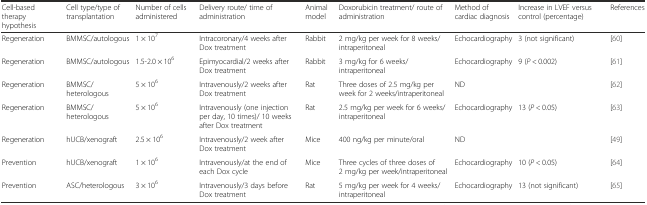
| Cell-based therapy hypothesis | Cell type/type of transplantation | Number of cells administered | Delivery route/ time of administration | Animal model | Doxorubicin treatment/ route of administration | Method of cardiac diagnosis | Increase in LVEF versus control (percentage) | References |
 | --- | --- | --- | --- | --- | --- | --- | --- | --- |
 | Regeneration | BMMSC/autologous | 1 × 107 | Intracoronary/4 weeks after Dox treatment | Rabbit | 2 mg/kg per week for 8 weeks/intraperitoneal | Echocardiography | 3 (not significant) | [60] |
 | Regeneration | BMMSC/autologous | 1.5-2.0 × 106 | Epimyocardial/2 weeks after Dox treatment | Rabbit | 3 mg/kg for 6 weeks/intraperitoneal | Echocardiography | 9 (P < 0.002) | [61] |
 | Regeneration | BMMSC/heterologous | 5 × 106 | Intravenously/2 weeks after Dox treatment | Rat | Three doses of 2.5 mg/kg per week for 2 weeks/intraperitoneal | ND |  | [62] |
 | Regeneration | BMMSC/ heterologous | 5 × 106 | Intravenously (one injection per day, 10 times)/ 10 weeks after Dox treatment | Rat | 2.5 mg/kg per week for 6 weeks/intraperitoneal | Echocardiography | 13 (P < 0.05) | [63] |
 | Regeneration | hUCB/xenograft | 2.5 × 106 | Intravenously/2 week after Dox treatment | Mice | 400 ng/kg per minute/oral | ND |  | [49] |
 | Prevention | hUCB/xenograft | 1 × 106 | Intravenously/at the end of each Dox cycle | Mice | Three cycles of three doses of 2 mg/kg per week/intraperitoneal | Echocardiography | 10 (P < 0.05) | [64] |
 | Prevention | ASC/heterologous | 3 × 106 | Intravenously/3 days before Dox treatment | Rat | 5 mg/kg per week for 4 weeks/intraperitoneal | Echocardiography | 13 (not significant) | [65] |